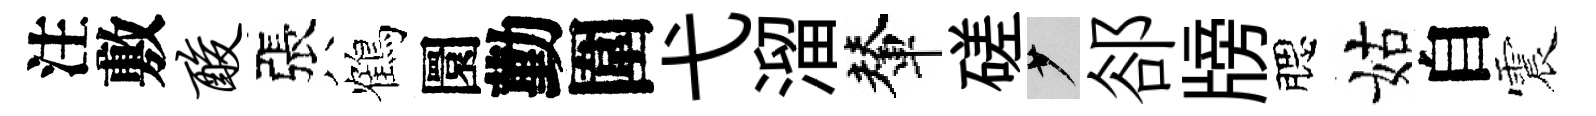
注敷酸張鶴圜勤圍弋溜輦磋少郤牓腮姑自震